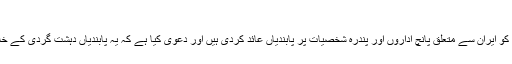
سید حسن نصر اللہ
امریکہ کی وزارت خارجہ نے چھبیس مارچ کو ایران سے متعلق پانچ اداروں اور پندرہ شخصیات پر پابندیاں عائد کردی ہیں اور دعوی کیا ہے کہ یہ پابندیاں دہشت گردی کے خلاف جد و جہد کے تناظر میں لگائی گئی ہیں۔